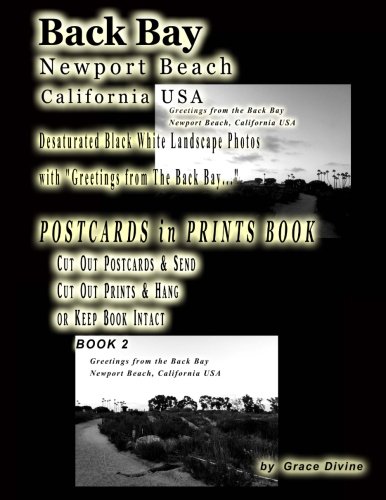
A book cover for Back Bay Newport Beach California USA Desaturated Black White Landscape Photos with "Greetings from the Back Bay...": POSTCARDS in PRINTS BOOK Cut Out ... Out Prints & Hang or Keep Book Intact Book 2; Grace Divine; Travel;